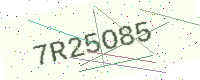
Text: 7R25O85